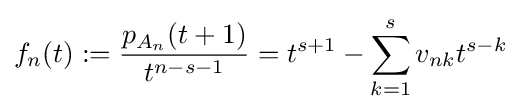
f_{n}(t):={\frac {p_{A_{n}}(t+1)}{t^{n-s-1}}}=t^{s+1}-\sum _{k=1}^{s}v_{nk}t^{s-k}